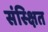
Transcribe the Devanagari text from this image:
संस्क्षित